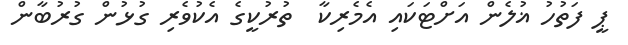
ޕީ ފަތުހު ޣުލެން އަށްޓަކައި އެމެރިކާ  ތުރުކީގެ އެކުވެރި ގުޅުން ގުރުބާން